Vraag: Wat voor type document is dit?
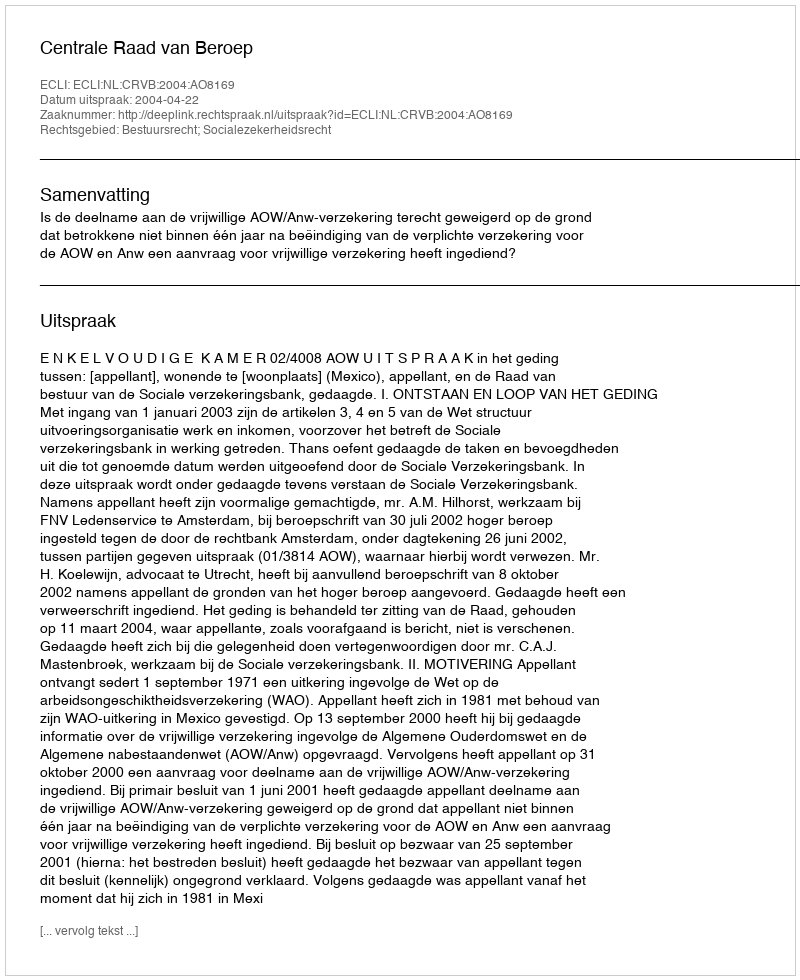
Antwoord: Uitspraak